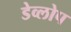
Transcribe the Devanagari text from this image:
डेव्लोप